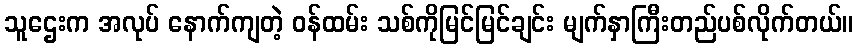
သူဌေးက အလုပ် နောက်ကျတဲ့ ဝန်ထမ်း သစ်ကိုမြင်မြင်ချင်း မျက်နှာကြီးတည်ပစ်လိုက်တယ်။